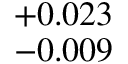
^ { + 0 . 0 2 3 } _ { - 0 . 0 0 9 }